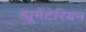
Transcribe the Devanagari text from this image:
ह्यूमेंटेरियन